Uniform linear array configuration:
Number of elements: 4
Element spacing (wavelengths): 1
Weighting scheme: blackman
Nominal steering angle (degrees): -45
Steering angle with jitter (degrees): -46.43
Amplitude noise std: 0.05
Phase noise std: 0.05

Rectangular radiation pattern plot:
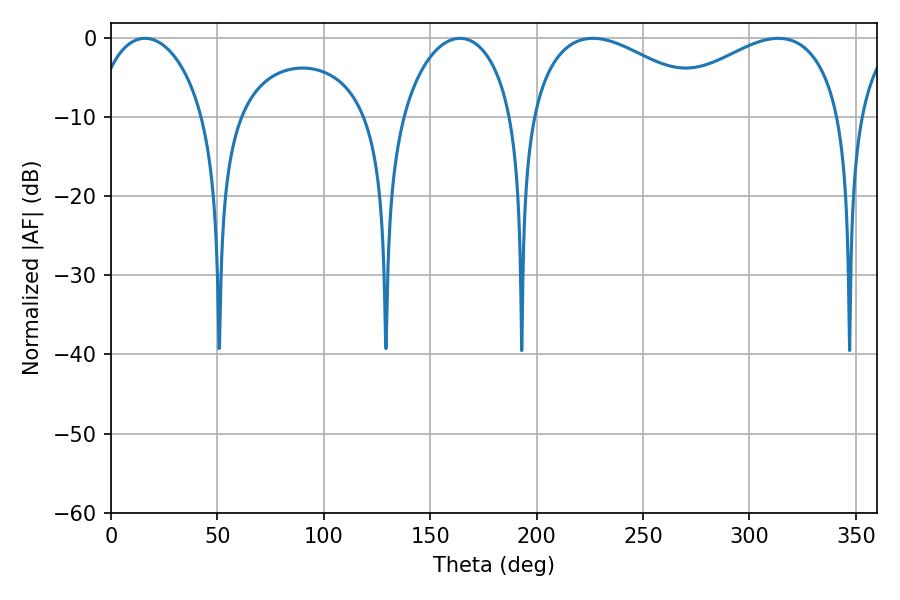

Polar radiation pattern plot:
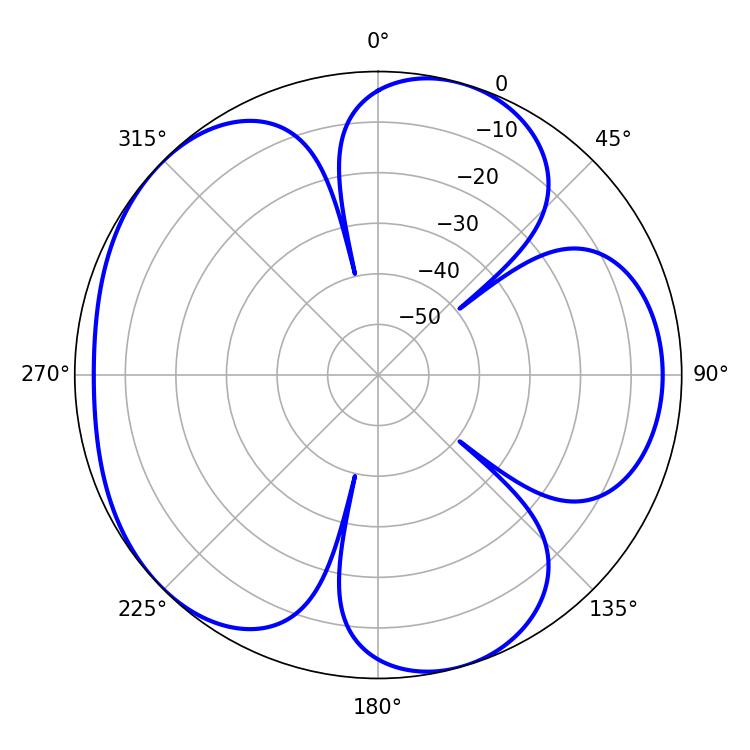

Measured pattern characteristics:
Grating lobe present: TRUE
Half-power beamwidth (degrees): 48.6
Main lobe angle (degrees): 226.44